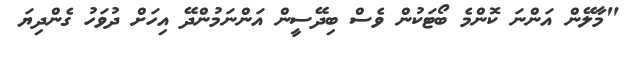
"މާލޭން އަންނަ ކޮންމެ ބޯޓަކުން ވެސް ބިދޭސީން އަންނަމުންދޭ އިހަށް ދުވަހު ގެންދިޔަ